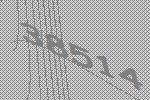
38514